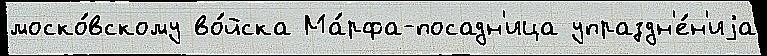
моско́вскому во́йска Ма́рфа-посадн'ица упраздн'е́н'иjа